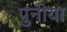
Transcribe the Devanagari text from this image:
पुनीया